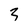
Character: 3